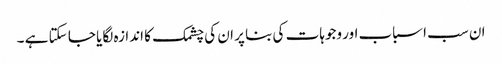
ان سب اسباب اور وجوہات کی بنا پر ان کی چشمک کا اندازہ لگایا جا سکتا ہے ۔